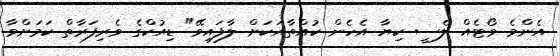
އެންމެ ވޯޓެއް ލެސީ ކިޔާ އެހެން ކުއްތާއަކަށް ލާފައިވޭ" ޑިއުކްގެ ވެރިފަރާތް ކަމަށްވާ